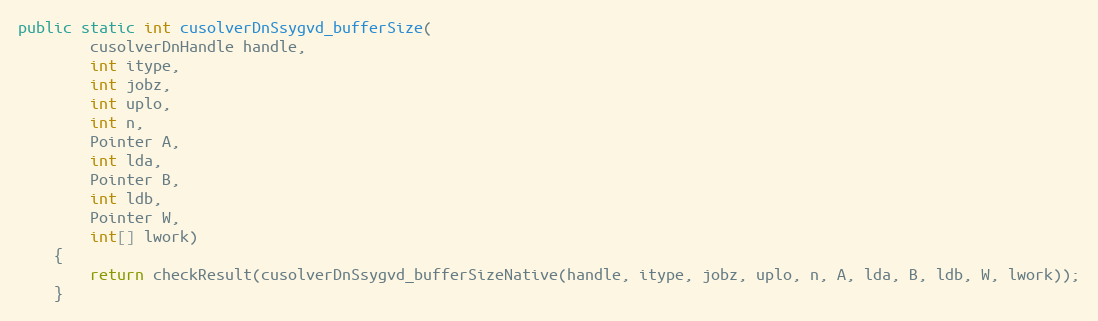
Language: Java
public static int cusolverDnSsygvd_bufferSize(
        cusolverDnHandle handle,
        int itype,
        int jobz,
        int uplo,
        int n,
        Pointer A,
        int lda,
        Pointer B,
        int ldb,
        Pointer W,
        int[] lwork)
    {
        return checkResult(cusolverDnSsygvd_bufferSizeNative(handle, itype, jobz, uplo, n, A, lda, B, ldb, W, lwork));
    }